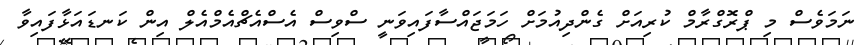
ނަމަވެސް މި ޕްރޮގްރާމް ކުރިއަށް ގެންދިއުމަށް ހަމަޖައްސާފައިވަނީ ސްވިސް އެސްއެޗްއެމްއެލް އިން ކަނޑައަޅާފައިވާ